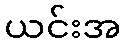
ယင်းအ